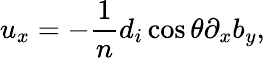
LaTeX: u_{x}=-\frac{1}{n}d_{i}\cos\theta\partial_{x}b_{y},